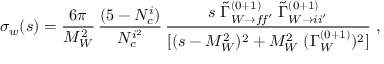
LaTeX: \sigma _ { w } ( s ) = \frac { 6 \pi } { M _ { W } ^ { 2 } } \, \frac { ( 5 - N _ { c } ^ { i } ) } { N _ { c } ^ { i ^ { 2 } } } \, \frac { s \; \tilde { \Gamma } _ { W \rightarrow f \! f ^ { \prime } } ^ { ( 0 + 1 ) } \; \tilde { \Gamma } _ { W \rightarrow i i ^ { \prime } } ^ { ( 0 + 1 ) } } { [ ( s - M _ { W } ^ { 2 } ) ^ { 2 } + M _ { W } ^ { 2 } \; ( \Gamma _ { W } ^ { ( 0 + 1 ) } ) ^ { 2 } ] } \; ,